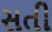
સતી